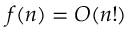
f ( n ) = O ( n ! )